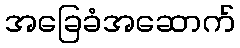
အခြေခံအဆောက်